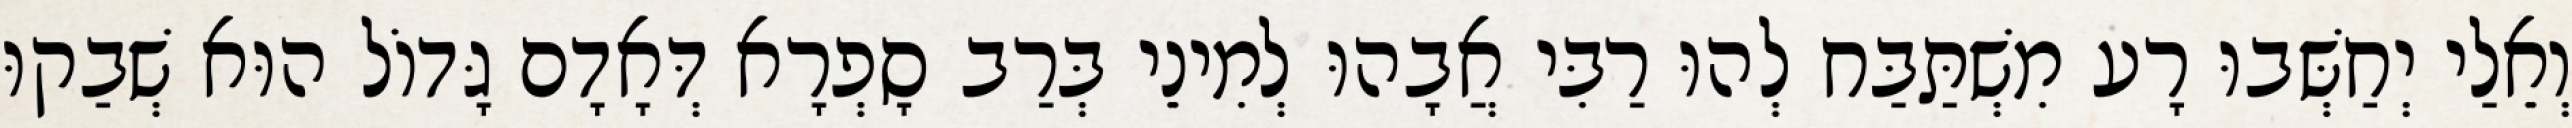
וְאֵלַי יְחַשְּׁבוּ רָע מִשְׁתַּבַּח לְהוּ רַבִּי אֲבָהוּ לְמִינֵי בְּרַב סָפְרָא דְּאָדָם גָּדוֹל הוּא שְׁבַקוּ